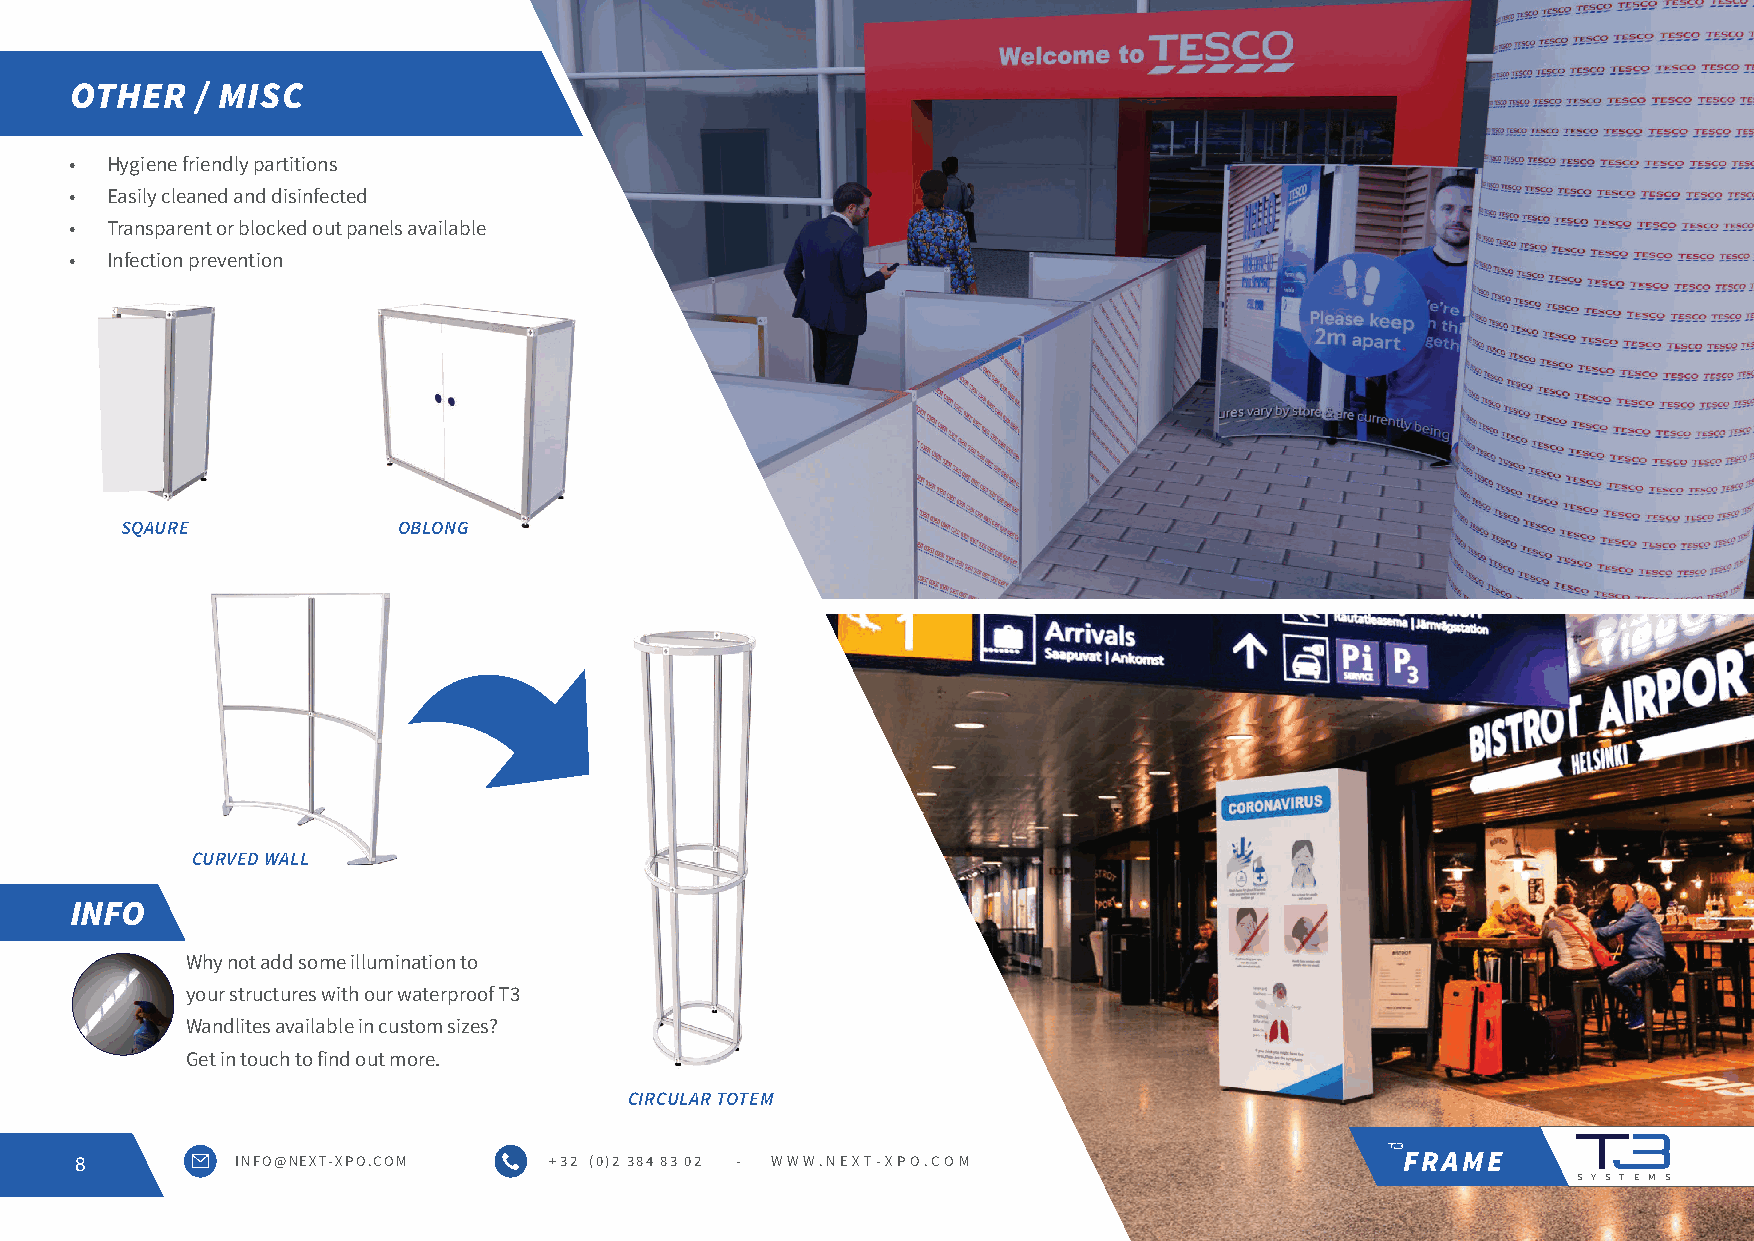
OTHER   / MISC
 • Hygiene friendly partitions
 • Easily cleaned and disinfected
 • Transparent or blocked out panels available
 • Infection prevention
 SQAURE            OBLONG
 CURVED WALL
 INFO
 Why not add some illumination to
 your structures with our waterproof T3
 Wandlites available in custom sizes?
 Get in touch to find out more.
 CIRCULAR TOTEM
 8          INFO@NEXT-XPO.COM   + 32 (0)2 384 83 02 - WWW.NEXT-XPO.COM                   FRAME
 S Y S T E M S